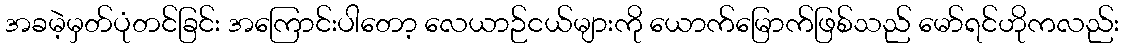
အခမဲ့မှတ်ပုံတင်ခြင်း အကြောင်းပါတော့ လေယာဉ်ငယ်များကို ယောက်မြောက်ဖြစ်သည် မော်ရင်ဟိုကလည်း